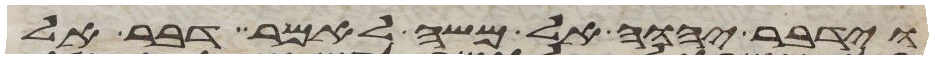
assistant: וידבר יהוה אל משה לאמר דבר אל